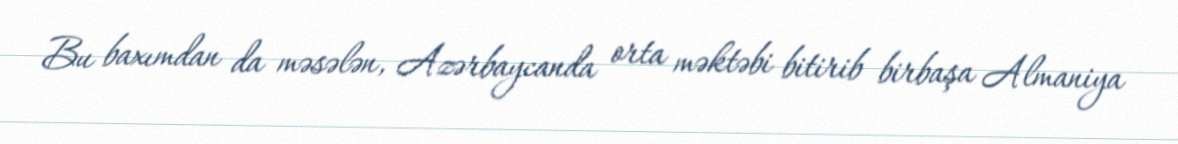
Bu baxımdan da məsələn, Azərbaycanda orta məktəbi bitirib birbaşa Almaniya